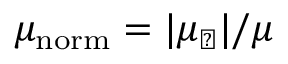
\mu _ { \mathrm { n o r m } } = \vert \mu _ { \perp } \vert / \mu